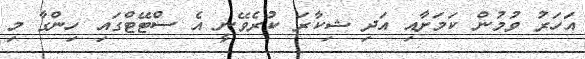
އަހަރު ވުމުން ކަމަށާއި އަދި ޝިކާރަ ކުރެވޭނީ އެ ސްޓޭޓްގައި ހިންގާ މި